65_HS1-834228961_62-HQ-83894_Section_1
Agency: FBI
Page 41
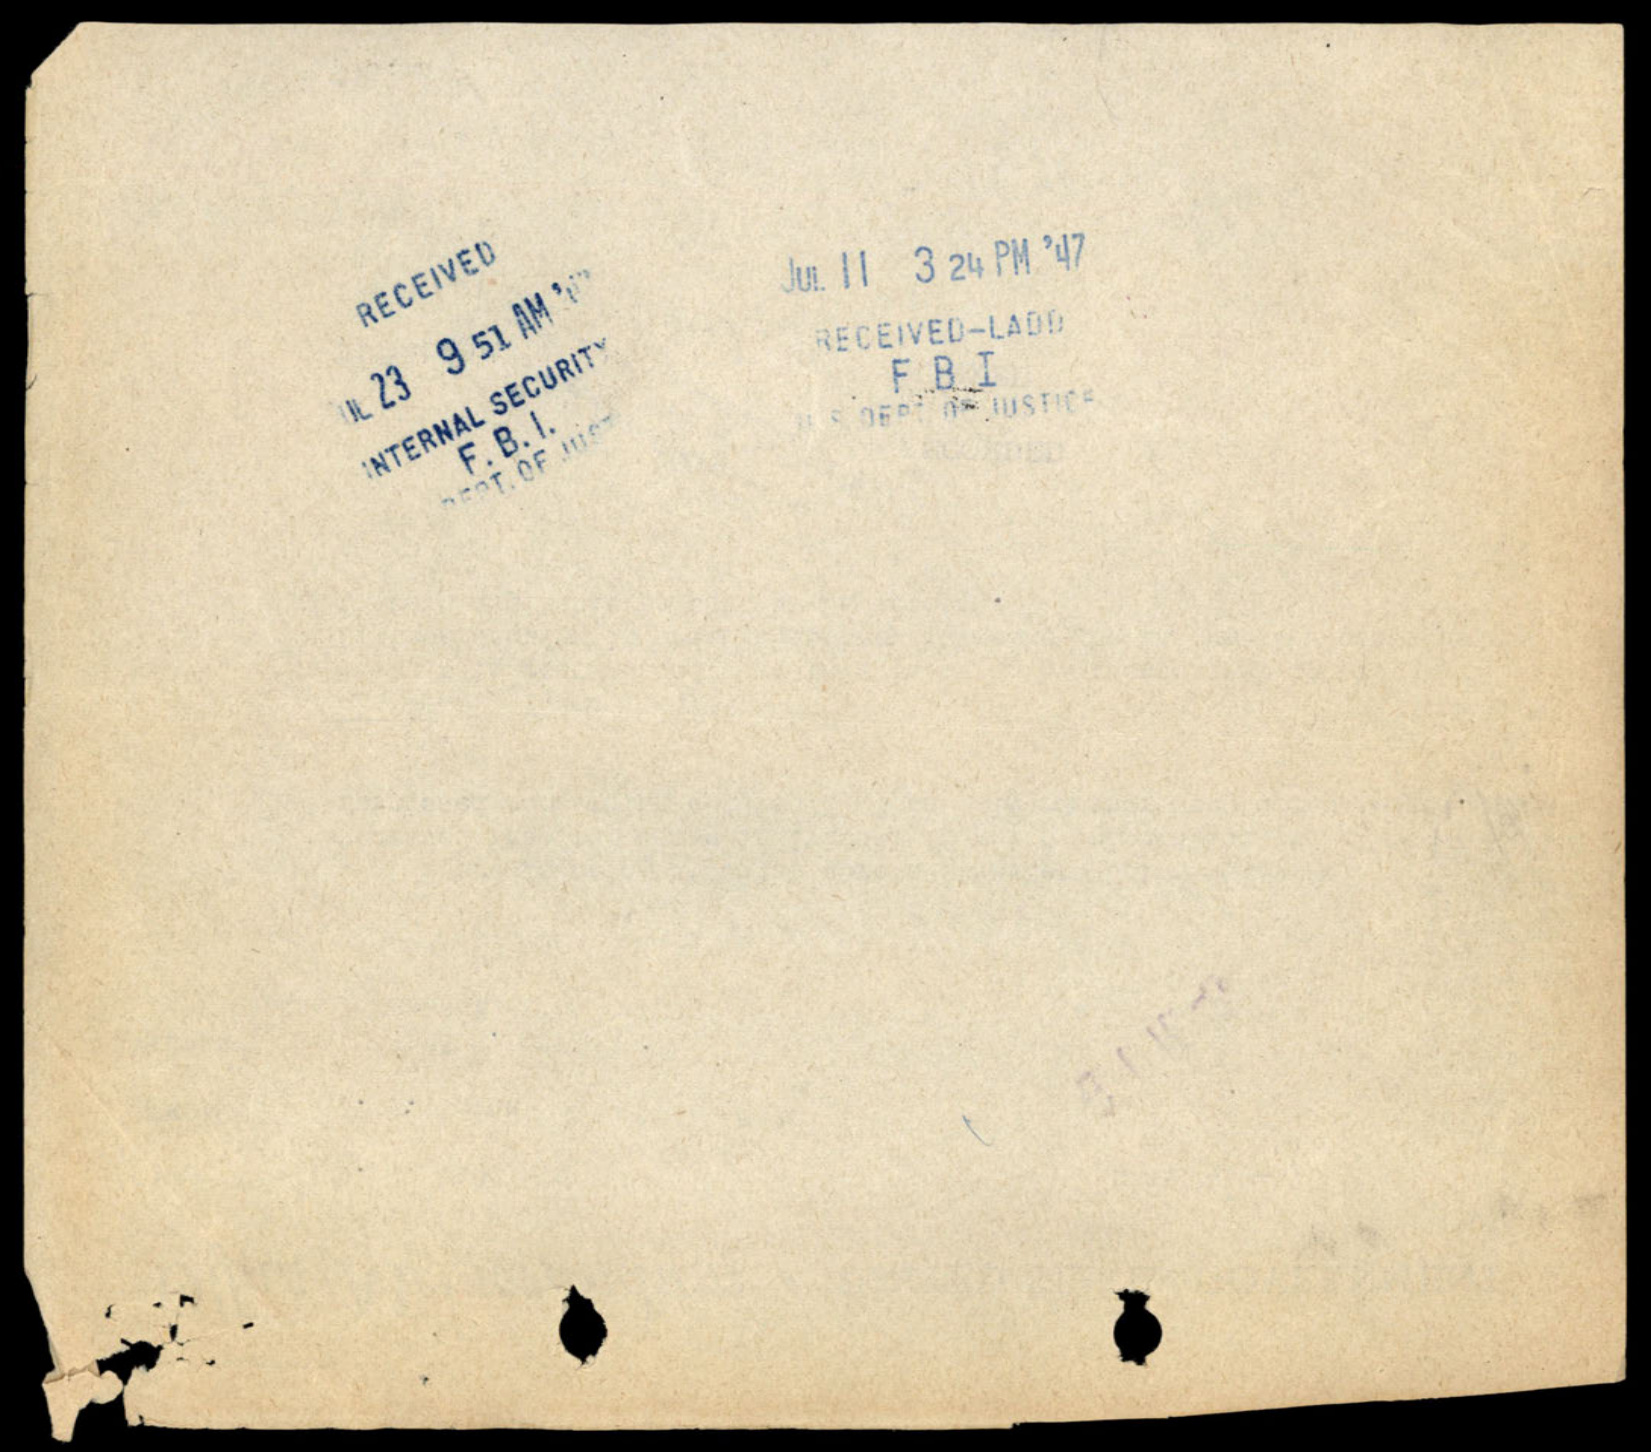